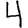
Digit: 4